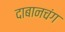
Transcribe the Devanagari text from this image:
दाबानचंग